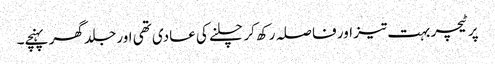
پر ٹیچر بہت تیز اور فا صلہ رکھ کر چلنے کی عادی تھی اور جلد گھر پہنچے۔